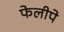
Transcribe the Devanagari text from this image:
फेलीपे